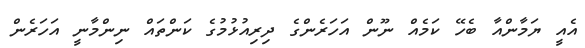
އެއީ ޔަމާންއާ ބެހޭ ކަމެއް ނޫން އަހަރެންގެ ދިރިއުޅުމުގެ ކަންތައް ނިންމާނީ އަހަރެން